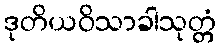
ဒုတိယဝိသာခါသုတ္တံ